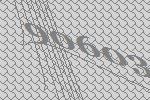
90603